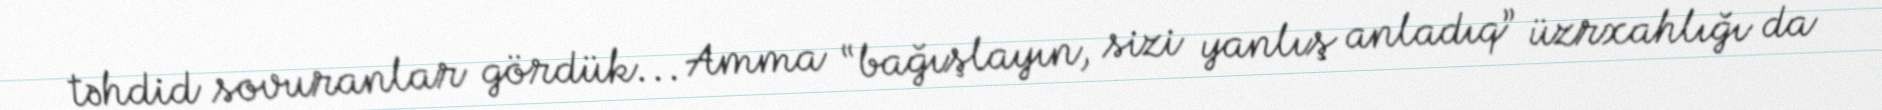
təhdid sovuranlar gördük... Amma “bağışlayın, sizi yanlış anladıq” üzrxahlığı da